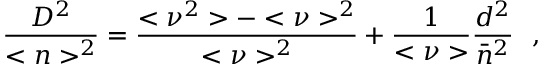
{ \frac { D ^ { 2 } } { < n > ^ { 2 } } } = { \frac { < \nu ^ { 2 } > - < \nu > ^ { 2 } } { < \nu > ^ { 2 } } } + { \frac { 1 } { < \nu > } } { \frac { d ^ { 2 } } { \bar { n } ^ { 2 } } } \ \ ,